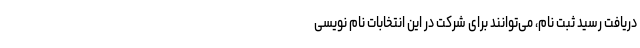
دریافت رسید ثبت نام، می‌توانند برای شرکت در این انتخابات نام نویسی